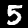
Label: 5